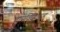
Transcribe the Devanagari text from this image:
तापविद्युतगृह